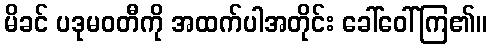
မိခင် ပဒုမဝတီကို အထက်ပါအတိုင်း ခေါ်ဝေါ်ကြ၏။